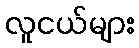
လူငယ်များ